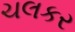
ચલકર